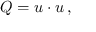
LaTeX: Q = u \cdot u \, ,